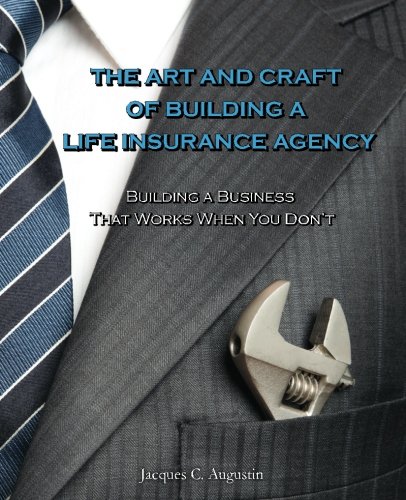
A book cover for The Art and Craft of Building a Life Insurance Agency; Jacques C. Augustin; Business & Money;